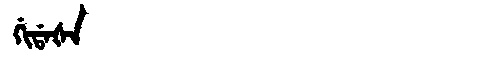
Manchu: ᡤᡳᡩᠠᡧᠠ
Romanization: GIDAŠA